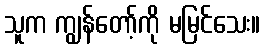
သူက ကျွန်တော့်ကို မမြင်သေး။